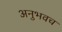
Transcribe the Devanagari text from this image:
अनुभवच